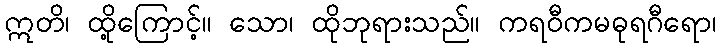
ဣတိ၊ ထို့ကြောင့်။ သော၊ ထိုဘုရားသည်။ ကရဝီကမဓုရဂီရော၊